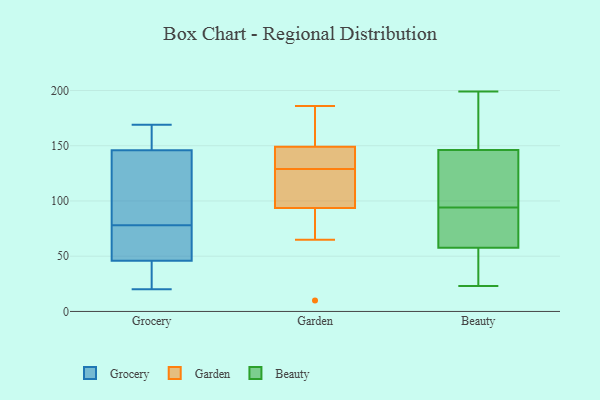
{"axis": {"x": "Latency (ms)", "y": "Value"}, "legend": ["Beauty", "Garden", "Grocery"], "data": [{"x": "", "y": 169, "type": "Grocery"}, {"x": "", "y": 80, "type": "Grocery"}, {"x": "", "y": 101, "type": "Grocery"}, {"x": "", "y": 63, "type": "Grocery"}, {"x": "", "y": 146, "type": "Grocery"}, {"x": "", "y": 76, "type": "Grocery"}, {"x": "", "y": 59, "type": "Grocery"}, {"x": "", "y": 166, "type": "Grocery"}, {"x": "", "y": 42, "type": "Grocery"}, {"x": "", "y": 96, "type": "Grocery"}, {"x": "", "y": 46, "type": "Grocery"}, {"x": "", "y": 27, "type": "Grocery"}, {"x": "", "y": 20, "type": "Grocery"}, {"x": "", "y": 158, "type": "Grocery"}, {"x": "", "y": 175, "type": "Garden"}, {"x": "", "y": 10, "type": "Garden"}, {"x": "", "y": 146, "type": "Garden"}, {"x": "", "y": 172, "type": "Garden"}, {"x": "", "y": 105, "type": "Garden"}, {"x": "", "y": 148, "type": "Garden"}, {"x": "", "y": 149, "type": "Garden"}, {"x": "", "y": 129, "type": "Garden"}, {"x": "", "y": 115, "type": "Garden"}, {"x": "", "y": 74, "type": "Garden"}, {"x": "", "y": 90, "type": "Garden"}, {"x": "", "y": 149, "type": "Garden"}, {"x": "", "y": 109, "type": "Garden"}, {"x": "", "y": 65, "type": "Garden"}, {"x": "", "y": 186, "type": "Garden"}, {"x": "", "y": 183, "type": "Beauty"}, {"x": "", "y": 94, "type": "Beauty"}, {"x": "", "y": 23, "type": "Beauty"}, {"x": "", "y": 88, "type": "Beauty"}, {"x": "", "y": 177, "type": "Beauty"}, {"x": "", "y": 153, "type": "Beauty"}, {"x": "", "y": 69, "type": "Beauty"}, {"x": "", "y": 199, "type": "Beauty"}, {"x": "", "y": 96, "type": "Beauty"}, {"x": "", "y": 126, "type": "Beauty"}, {"x": "", "y": 99, "type": "Beauty"}, {"x": "", "y": 24, "type": "Beauty"}, {"x": "", "y": 54, "type": "Beauty"}, {"x": "", "y": 85, "type": "Beauty"}, {"x": "", "y": 32, "type": "Beauty"}]}